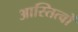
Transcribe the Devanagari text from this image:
आस्तित्वों